Madras plague regulations and rules - Volume 2
Disease focus: Plague
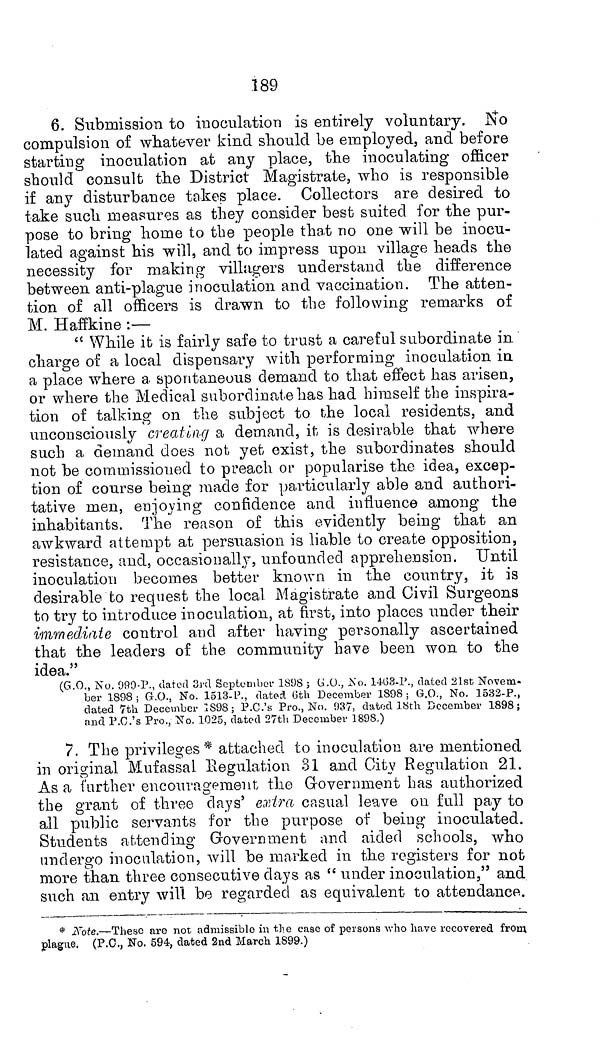
189
6. Submission to inoculation is entirely voluntary. No
compulsion of whatever kind should be employed, and before
starting inoculation at any place, the inoculating officer
should consult the District Magistrate, who is responsible
if any disturbance takes place. Collectors are desired to
take such measures as they consider best suited for the pur-
pose to bring home to the people that no one will be inocu-
lated against his will, and to impress upon village heads the
necessity for making villagers understand the difference
between anti-plague inoculation and vaccination. The atten-
tion of all officers is drawn to the following remarks of
M. Haffkine :—
" While it is fairly safe to trust a careful subordinate in
charge of a local dispensary with performing inoculation in
a place where a spontaneous demand to that effect has arisen,
or where the Medical subordinate has had himself the inspira-
tion of talking on the subject to the local residents, and
unconsciously creating a demand, it is desirable that where
such a demand does not yet exist, the subordinates should
not be commissioned to preach or popularise the idea, excep-
tion of course being made for particularly able and authori-
tative men, enjoying confidence and influence among the
inhabitants. The reason of this evidently being that an
awkward attempt at persuasion is liable to create opposition,
resistance, and, occasionally, unfounded apprehension. Until
inoculation becomes better known in the country, it is
desirable to request the local Magistrate and Civil Surgeons
to try to introduce inoculation, at first, into places under their
immediate control and after having personally ascertained
that the leaders of the community have been won to the
idea."
(G.O., No. 999-P., dated 3rd September 1898 ; G.O., No. 1463-P., dated 21st Novem-
ber 1898; G.O., No. 1513-P., dated 6th December 1898; G.O., No. 1532-P.,
dated 7th December 1898; P.C.'s Pro., No. 937, dated 18th December 1898;
and P.C.'s Pro., No. 1025, dated 27th December 1898.)
7. The privileges* attached to inoculation are mentioned
in original Mufassal Regulation 31 and City Regulation 21.
As a further encouragement the Government has authorized
the grant of three days' extra casual leave on full pay to
all public servants for the purpose of being inoculated.
Students attending Government and aided schools, who
undergo inoculation, will be marked in the registers for not
more than three consecutive days as " under inoculation," and
such an entry will be regarded as equivalent to attendance.
* Note.—These are not admissible in the case of persons who have recovered from
plague. (P.C., No. 594, dated 2nd March 1899.)